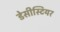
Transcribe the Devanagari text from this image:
डेसीस्टियर